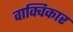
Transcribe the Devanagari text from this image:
वाक्विकार